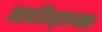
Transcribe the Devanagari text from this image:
अप्रतिहतचक्र